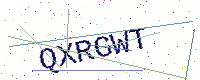
Text: QXRGWT